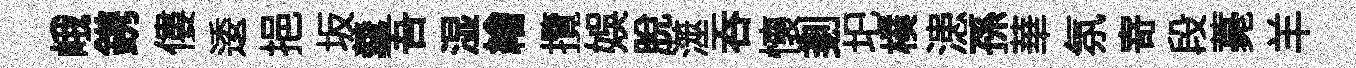
峨鎸僂逶挹坂羹吾湿繪攬娱脱澨吞懷剗圯樸漶孫華氛𭔃段薧羊